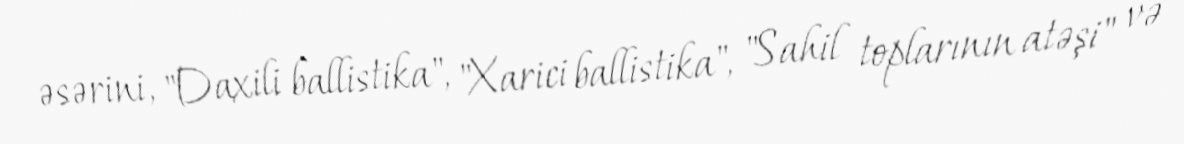
əsərini, "Daxili ballistika", "Xarici ballistika", "Sahil toplarının atəşi" və